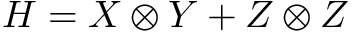
H = X \otimes Y + Z \otimes Z